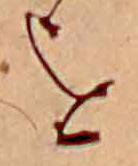
を